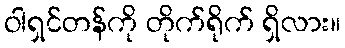
ဝါရှင်တန်ကို တိုက်ရိုက် ရှိလား။